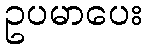
ဥပမာပေး